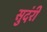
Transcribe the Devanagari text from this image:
सुदंरी